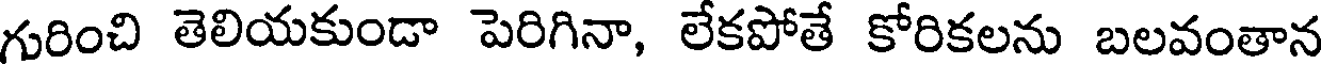
గురించి తెలియకుండా పెరిగినా, లేకపోతే కోరికలను బలవంతాన